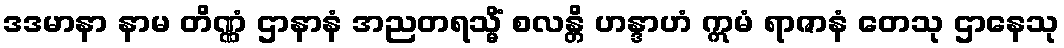
ဒဒမာနာ နာမ တိဏ္ဏံ ဌာနာနံ အညတရသ္မိံ စလန္တိ ဟန္ဒာဟံ ဣမံ ရာဇာနံ တေသု ဌာနေသု